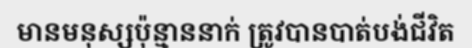
មានមនុស្សប៉ុន្មាននាក់ ត្រូវបានបាត់បង់ជីវិត